Plague in India, 1896, 1897 - Volume 1
Year: 1896
Disease focus: Plague
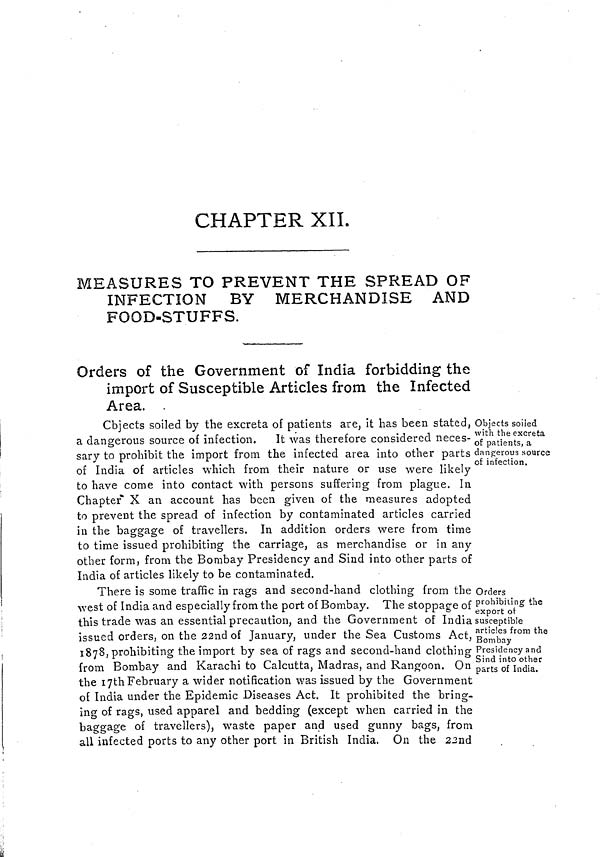
CHAPTER XII.
MEASURES TO PREVENT THE SPREAD OF
INFECTION BY MERCHANDISE AND
FOOD-STUFFS.
Orders of the Government of India forbidding the
import of Susceptible Articles from the Infected
Area. .
Objects soiled
with the excreta
of patients, a
dangerous source
of infection.
Objects soiled by the excreta of patients are, it has been stated,
a dangerous source of infection. It was therefore considered neces-
sary to prohibit the import from the infected area into other parts
of India of articles which from their nature or use were likely
to have come into contact with persons suffering from plague. In
Chapter X an account has been given of the measures adopted
to prevent the spread of infection by contaminated articles carried
in the baggage of travellers. In addition orders were from time
to time issued prohibiting the carriage, as merchandise or in any
other form, from the Bombay Presidency and Sind into other parts of
India of articles likely to be contaminated.
Orders
prohibiting the
export of
susceptible
articles from the
Bombay
Presidency and
Sind into other
parts of India.
There is some traffic in rags and second-hand clothing from the
west of India and especially from the port of Bombay. The stoppage of
this trade was an essential precaution, and the Government of India
issued orders, on the 22nd of January, under the Sea Customs Act,
1878, prohibiting the import by sea of rags and second-hand clothing
from Bombay and Karachi to Calcutta, Madras, and Rangoon. On
the 17th February a wider notification was issued by the Government
of India under the Epidemic Diseases Act. It prohibited the bring-
ing of rags, used apparel and bedding (except when carried in the
baggage of travellers), waste paper and used gunny bags, from
all infected ports to any other port in British India. On the 22nd